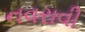
નવરાવી